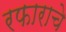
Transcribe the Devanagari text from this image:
रफाराचे